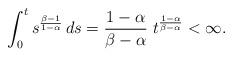
LaTeX: \begin{align*}\int_0^t s^{\frac{\beta-1}{1-\alpha}}\, ds= \frac{1-\alpha}{\beta-\alpha}\;t^{\frac{1-\alpha}{\beta-\alpha}}<\infty.\end{align*}